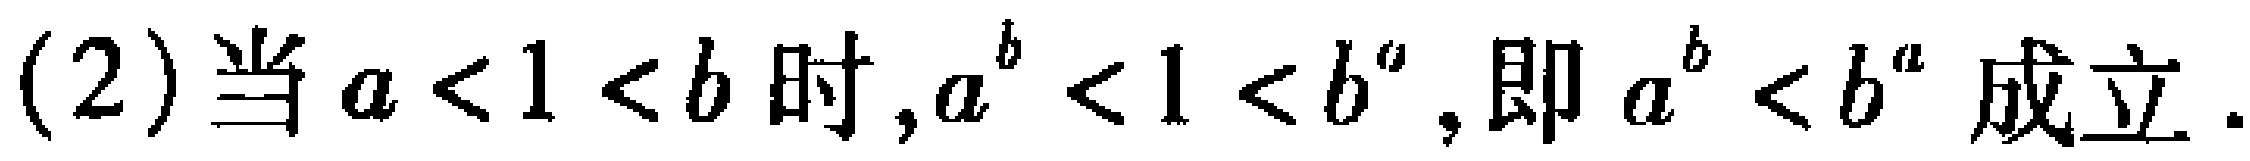
(2)当\(a < 1 < b\)时,\(a^{b}<1 < b^{a}\),即\(a^{b}<b^{a}\)成立.